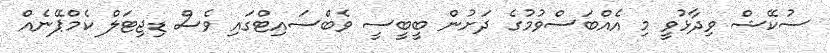
ސުކޭޝް ވިދާޅުވީ މި އެއްބަސްވުމުގެ ދަށުން ބީބީސީ ވެބްސައިޓްގައި ވެސް ޑިޖިޓަލް ކެމްޕޭނެއް